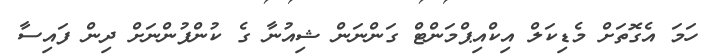
ހަމަ އެގޮތަށް މެޑިކަލް އިކްއިޕްމަންޓް ގަންނަން ޝިއުނާ ގެ ކުންފުންނަށް ދިން ފައިސާ